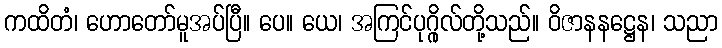
ကထိတံ၊ ဟောတော်မူအပ်ပြီ။ ပေ။ ယေ၊ အကြင်ပုဂ္ဂိုလ်တို့သည်။ ဝိဇာနနဋ္ဌေန၊ သညာ